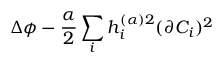
\Delta \phi - \frac { \alpha } { 2 } \sum _ { i } h _ { i } ^ { ( \alpha ) 2 } ( \partial C _ { i } ) ^ { 2 }